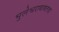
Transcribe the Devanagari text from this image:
भुलेश्वराबाबतचा